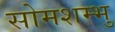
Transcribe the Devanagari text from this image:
सोमशम्भु